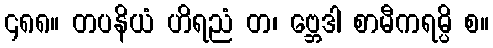
၄၈၈။ တပနိယံ ဟိရညံ တ၊ ဗ္ဘေဒါ စာမီကရမ္ပိ စ။